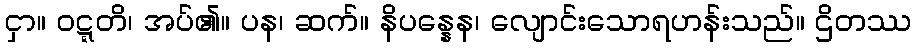
ငှာ။ ဝဋ္ဋတိ၊ အပ်၏။ ပန၊ ဆက်။ နိပန္နေန၊ လျောင်းသောရဟန်းသည်။ ဌိတဿ